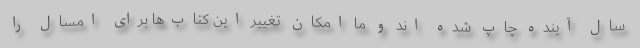
سال آینده چاپ شده اند و ما امکان تغییر این کتاب‌ها برای امسال را